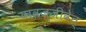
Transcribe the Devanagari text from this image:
यावज्जीवेत्‌